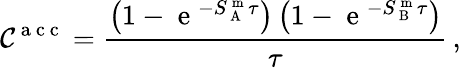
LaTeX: \mathcal{C}^{\mathrm{{~a~c~c~}}}=\frac{{\left(1-\mathrm{{~e~}}^{-S_{\mathrm{{~A~}}}^{\mathrm{{~m~}}}\tau}\right)\left(1-\mathrm{{~e~}}^{-S_{\mathrm{{~B~}}}^{\mathrm{{~m~}}}\tau}\right)}}{{\tau}}\, ,